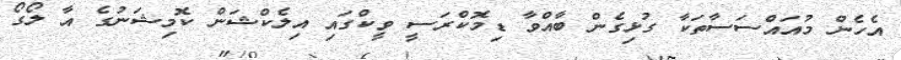
އެހެން މުއައްސަސާތަކާ ގުޅިގެން ބާއްވާ ޑިމޮކްރަސީ ވީކްގައި އިލެކްޝަން ކޮމިޝަނުގެ އާ ލޯގޯ